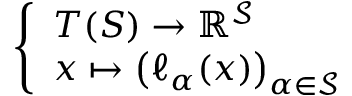
\left\{ \begin{array} { l l } { T ( S ) \to \mathbb { R } ^ { \mathcal { S } } } \\ { x \mapsto \left( \ell _ { \alpha } ( x ) \right) _ { \alpha \in { \mathcal { S } } } } \end{array} \right.